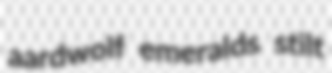
aardwolf emeralds stilt